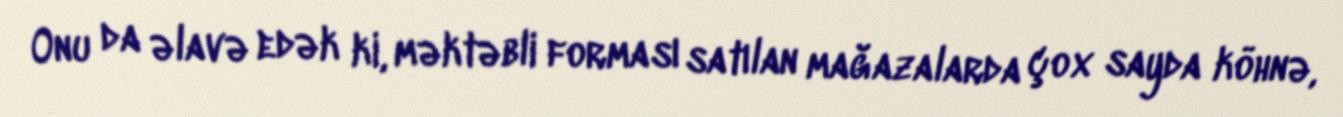
Onu da əlavə edək ki, məktəbli forması satılan mağazalarda çox sayda köhnə,